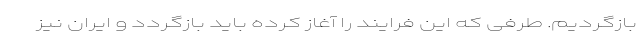
بازگردیم. طرفی که این فرایند را آغاز کرده باید بازگردد و ایران نیز